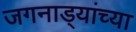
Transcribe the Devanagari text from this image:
जगनाड्यांच्या